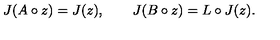
J ( A \circ z ) = J ( z ) , \qquad J ( B \circ z ) = L \circ J ( z ) .